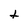
Character: t